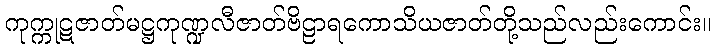
ကုက္ကုဋဇာတ်မဋ္ဌကုဏ္ဍလီဇာတ်ဗိဠာရကောသိယဇာတ်တို့သည်လည်းကောင်း။